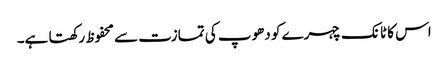
اس کا ٹانک چہرے کو دھوپ کی تمازت سے محفوظ رکھتا ہے۔